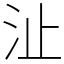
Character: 沚